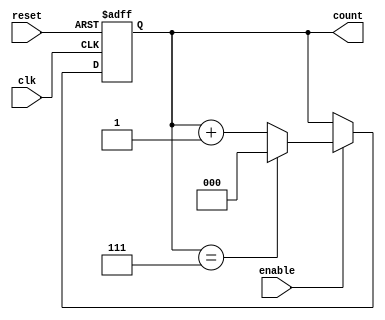
module binary_up_counter (
    input wire clk,        // Clock signal
    input wire reset,      // Asynchronous reset signal
    input wire enable,     // Enable signal
    output reg [N-1:0] count // Counter output (N bits wide)
);

parameter N = 3; // Number of bits for the counter (can be changed as needed)

// Asynchronous reset and counting logic
always @(posedge clk or posedge reset) begin
    if (reset) begin
        count <= 0; // Reset the counter to 0
    end else if (enable) begin
        if (count == (2**N - 1)) begin
            count <= 0; // Wrap around to 0 if maximum value is reached
        end else begin
            count <= count + 1; // Increment the counter
        end
    end
end

endmodule